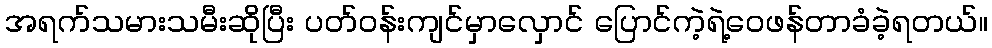
အရက်သမားသမီးဆိုပြီး ပတ်ဝန်းကျင်မှာလှောင် ပြောင်ကဲ့ရဲ့ဝေဖန်တာခံခဲ့ရတယ်။